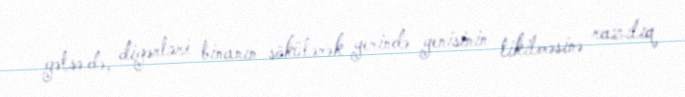
gəlsə də, digərləri binanın sökülərək yerində yenisinin tikilməsinə razılıq